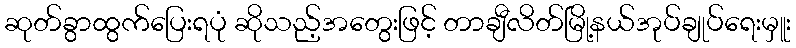
ဆုတ်ခွာထွက်ပြေးရပုံ ဆိုသည့်အတွေးဖြင့် တာချီလိတ်မြို့နယ်အုပ်ချုပ်ရေးမှူး